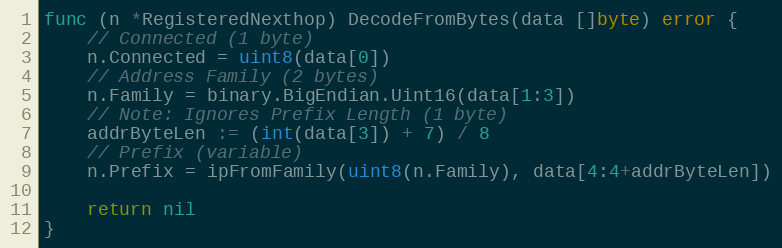
Language: Go
func (n *RegisteredNexthop) DecodeFromBytes(data []byte) error {
	// Connected (1 byte)
	n.Connected = uint8(data[0])
	// Address Family (2 bytes)
	n.Family = binary.BigEndian.Uint16(data[1:3])
	// Note: Ignores Prefix Length (1 byte)
	addrByteLen := (int(data[3]) + 7) / 8
	// Prefix (variable)
	n.Prefix = ipFromFamily(uint8(n.Family), data[4:4+addrByteLen])

	return nil
}